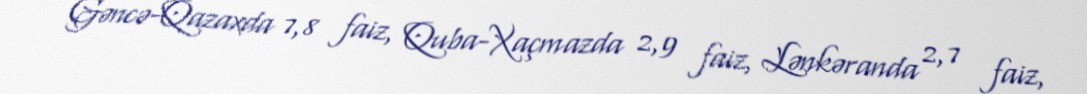
Gəncə-Qazaxda 7,8 faiz, Quba-Xaçmazda 2,9 faiz, Lənkəranda 2,7 faiz,